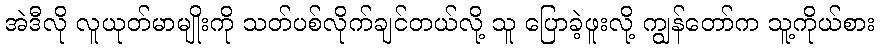
အဲဒီလို လူယုတ်မာမျိုးကို သတ်ပစ်လိုက်ချင်တယ်လို့ သူ ပြောခဲ့ဖူးလို့ ကျွန်တော်က သူ့ကိုယ်စား